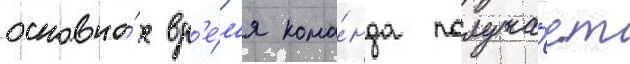
основно́е вр'е́м'я кома́нда получа́ет